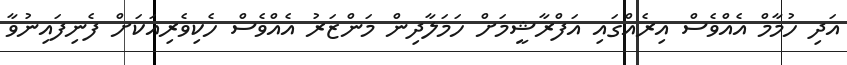
އަދި ހުމާމް އެއްވެސް އިރެއްގައި އަފްރާޝީމަށް ހަމަލާދިން މަންޒަރު އެއްވެސް ހެކިވެރިއަކަށް ފެނިފައިނުވާ